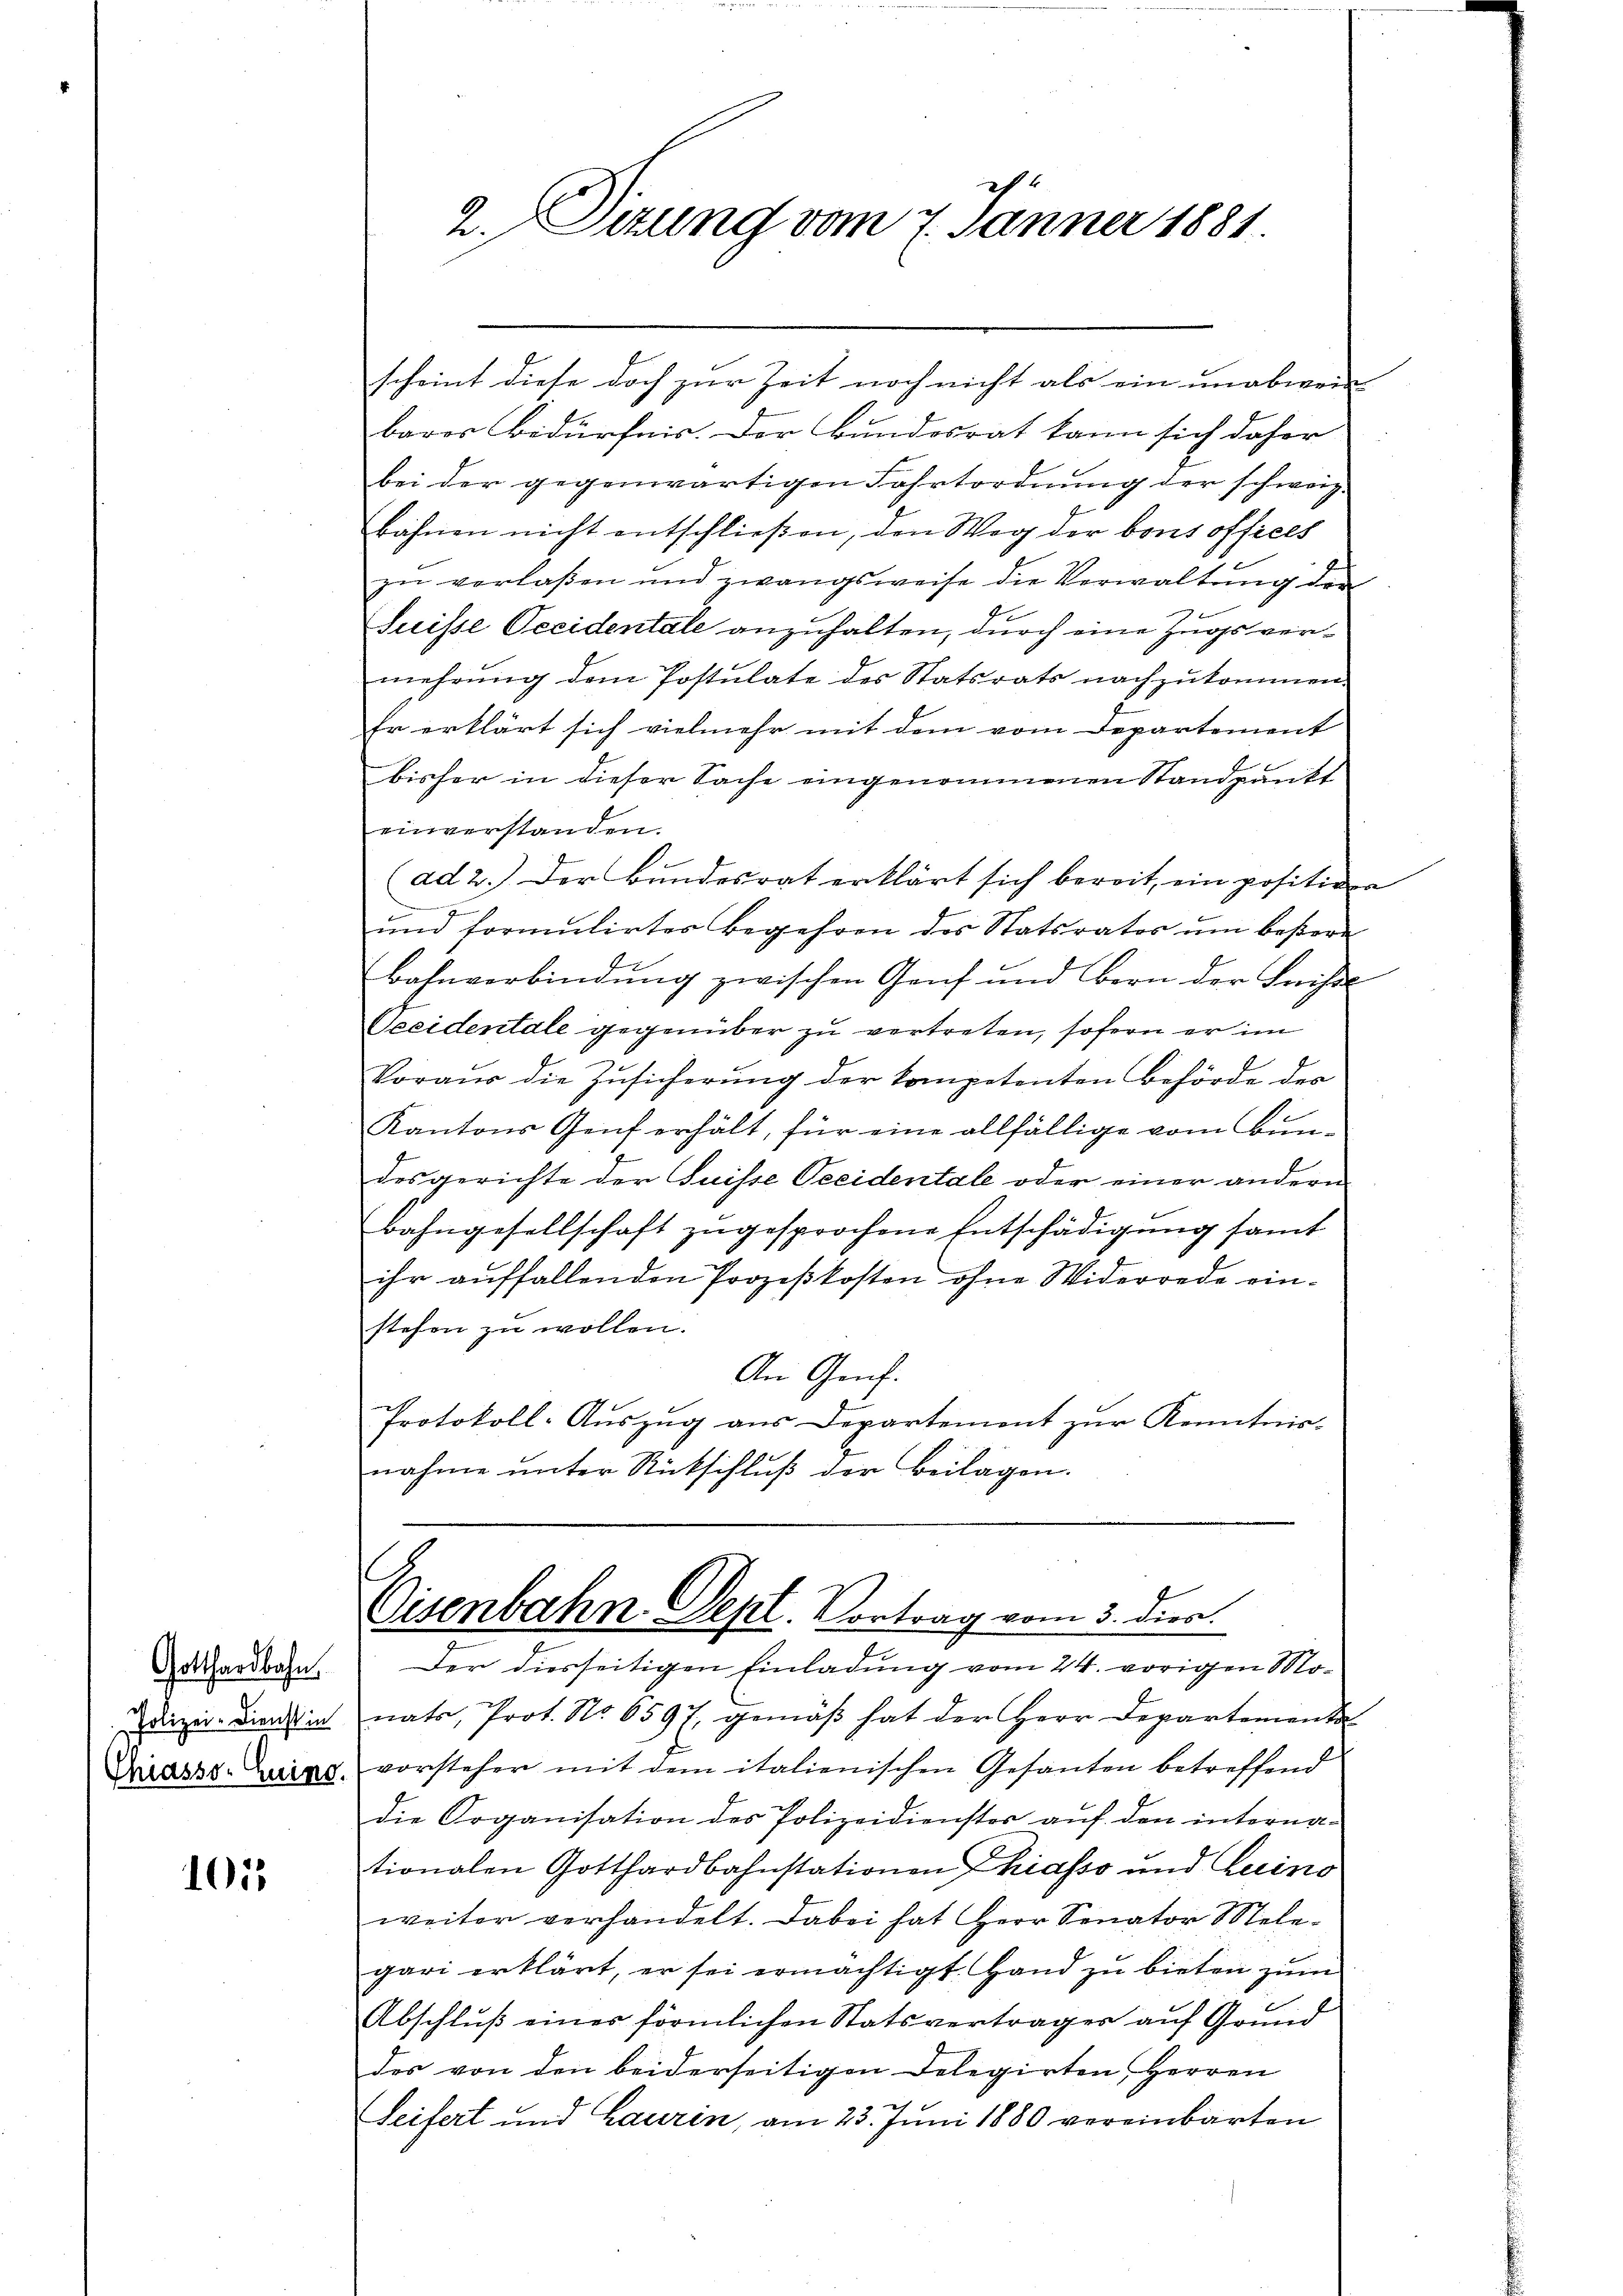
Gotthardbahn
Polizei-Dienst in
Chiasso. Quing.

101

scheint diese doch zur Zeit noch nicht als ein unabwei
bares Bedürfnis. Der Bundesrat kann sich daher
bei der gegenwärtigen Fahrtordnung der schweiz.
bähnen nicht entschließen, den Weg der bons offices
zu verlaßen und zwangsweise die Verwaltung der
Suisse Occidentale anzuhalten, durch eine Zugsvermehrung dem Postulate des Statsrats nachzukommen.
Er erklärt sich vielmehr mit dem vom Departement
bisher in dieser Sache eingenommenen Standpunkt
einverstanden.
1
(ad 2.) Der Bundesrat erklärt sich bereit, ein positiven
h
und formulirter Begehren des Statsratos ŭm beßern
Bahnverbindŭng zwischen Genf und Bern der Leistl
Seeidentale gegenüber zu vertreten, sofern er im
Voraus die Zŭsicherŭng der kompetenten Behörde des
Kantons Genf erhält, für eine allfällige vom Bundesgerichte der Suisse Seeidentale oder einer andern
Bahngesellschaft zugesprochene Entschädigŭng samt
ihr auffallenden Prozeßkosten ohne Widerrede einstehen zu wollen.
An Genf.
Protokoll-Auszug aus Departement zur Kenntnis-
nahme unter Rückschluß der Beilagen.

2. Situng vom 7. Jänner 1881

.
Cisenbahn. Sept. Vortrag vom 3. dies.

Der diesseitigen Einladung vom 24. vorigen Monats, Prot. No. 6597, gemäß hat der Herr Departementa
vorsteher mit dem italienischen Gesanten betreffend
die Organisation des Polizeidienster auf den internationalen Gotthardbahnstationen Phiasso und Luino
weiter verhandelt. Dabei hat Herr Senator Melegari erklärt, er sei ermächtigt. Hand zu bieten zum
Abschluß eines förmlichen Statsvertrages auf Grund
des von den beiderseitigen Delegirten Herren
Seifert und Laurin, am 23. Juni 1880 vereinbarten